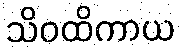
သိဝထိကာယ